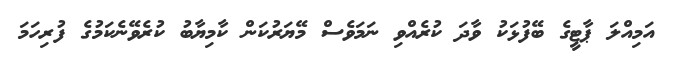
އަމިއްލަ ޕާޓީގެ ބޭފުޅަކު ވާދަ ކުރެއްވި ނަމަވެސް މޭޔަރުކަން ކާމިޔާބު ކުރެވޭނެކަމުގެ ފުރިހަމަ